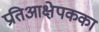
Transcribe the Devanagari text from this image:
प्रतिआक्षेपकका